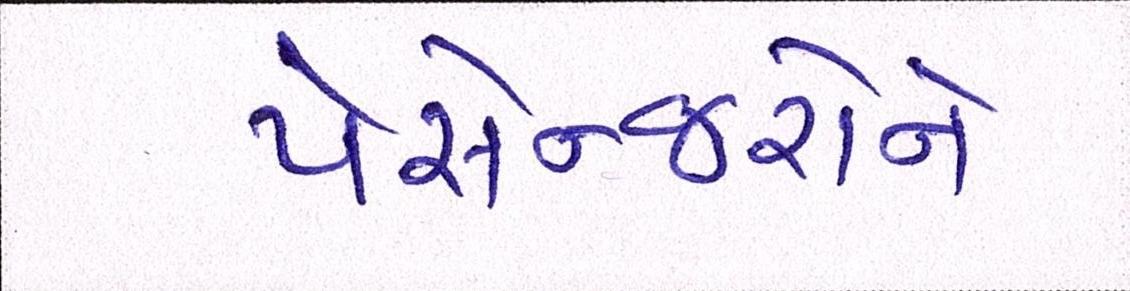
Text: પેસેન્જરોને